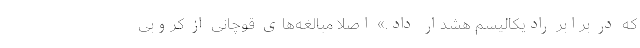
که در برابر رادیکالیسم هشدار داد.» اصلاً مبالغه‌های قوچانی از کروبی